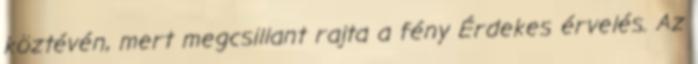
köztévén, mert megcsillant rajta a fény Érdekes érvelés. Az